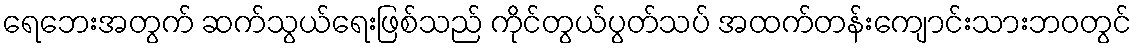
ရေဘေးအတွက် ဆက်သွယ်ရေးဖြစ်သည် ကိုင်တွယ်ပွတ်သပ် အထက်တန်းကျောင်းသားဘဝတွင်